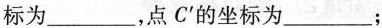
标为___，点C^{\prime}的坐标为___；